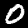
Digit: 0